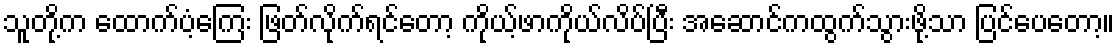
သူတို့က ထောက်ပံ့ကြေး ဖြတ်လိုက်ရင်တော့ ကိုယ့်ဖာကိုယ်လိပ်ပြီး အဆောင်ကထွက်သွားဖို့သာ ပြင်ပေတော့။